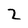
Character: 2